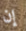
إن